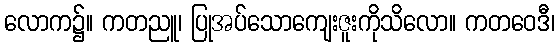
လောက၌။ ကတညူ၊ ပြုအပ်သောကျေးဇူးကိုသိလော။ ကတဝေဒီ၊